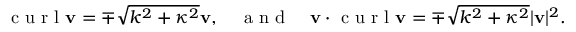
\textrm { c u r l } \mathbf { v } = \mp \sqrt { k ^ { 2 } + \kappa ^ { 2 } } \mathbf { v } , \quad \textrm { a n d } \quad \mathbf { v } \cdot \textrm { c u r l } \mathbf { v } = \mp \sqrt { k ^ { 2 } + \kappa ^ { 2 } } | \mathbf { v } | ^ { 2 } .